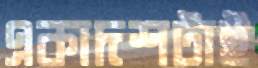
একাদশটাই